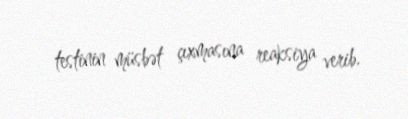
testinin müsbət çıxmasına reaksiya verib.